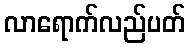
လာရောက်လည်ပတ်